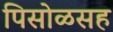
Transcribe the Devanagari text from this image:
पिसोळसह